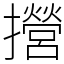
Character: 攚